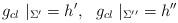
LaTeX: \begin{align*}g _{cl}~|_{\Sigma '}=h ' ,~~g _{cl}~|_{\Sigma ''}=h ''\end{align*}